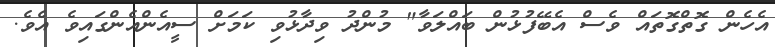
އެހެން ގޮތްގޮތައް ވެސް އެބޭފުޅުން ބައްލަވާ" މުންދު ވިދާޅުވި ކަމަށް ސީއެންއެންގައިވެ އެވެ.